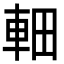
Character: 䡒